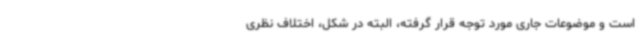
است و موضوعات جاری مورد توجه قرار گرفته، البته در شکل، اختلاف نظری